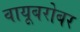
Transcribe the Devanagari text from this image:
वायूबरोबर